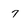
Character: 7